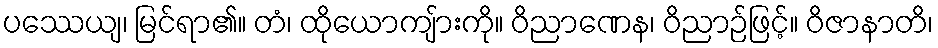
ပဿေယျ၊ မြင်ရာ၏။ တံ၊ ထိုယောကျ်ားကို။ ဝိညာဏေန၊ ဝိညာဉ်ဖြင့်။ ဝိဇာနာတိ၊